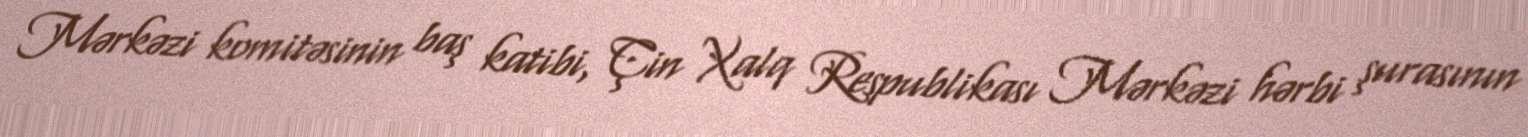
Mərkəzi komitəsinin baş katibi, Çin Xalq Respublikası Mərkəzi hərbi şurasının